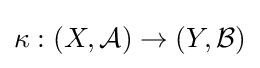
\kappa :(X,{\mathcal {A}})\to (Y,{\mathcal {B}})